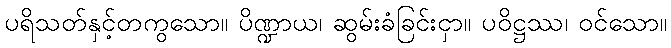
ပရိသတ်နှင့်တကွသော။ ပိဏ္ဍာယ၊ ဆွမ်းခံခြင်းငှာ။ ပဝိဋ္ဌဿ၊ ဝင်သော။